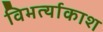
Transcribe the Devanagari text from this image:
विभर्त्याकाश